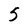
Character: 5